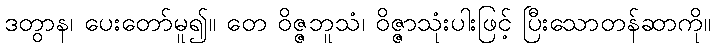
ဒတွာန၊ ပေးတော်မူ၍။ တေ ဝိဇ္ဇဘူသံ၊ ဝိဇ္ဇာသုံးပါးဖြင့် ပြီးသောတန်ဆာကို။